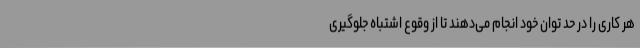
هر کاری را در حد توان خود انجام می‌دهند تا از وقوع اشتباه جلوگیری